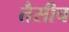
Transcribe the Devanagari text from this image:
तैसीच